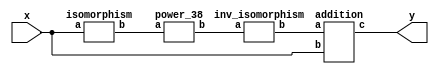
`timescale 1ns/100ps
module SMS23_2_38_np_4_1(x,y);
	 input [5:0] x;
	 output [5:0] y;
	 wire [5:0] z;
	 wire [5:0] w;
	 wire [5:0] p;
	 isomorphism C1 (x,z);
	 power_38 C2 (z,w);
	 inv_isomorphism C3 (w,p);
	 addition C4 (p,x,y);
endmodule

module square_base(a,b);
	 input [1:0] a;
	 output [1:0] b;
	 assign b[0]=a[0]^a[1];
	 assign b[1]=a[1];
endmodule

module add_base(a,b,c);
	 input [1:0] a;
	 input [1:0] b;
	 output [1:0] c;
	 assign c[0]=a[0]^b[0];
	 assign c[1]=a[1]^b[1];
endmodule

module constant_multiplication_base_0(a,b);
	 input [1:0] a;
	 output [1:0] b;
	 assign b[0]=0;
	 assign b[1]=0;
endmodule

module constant_multiplication_base_1(a,b);
	 input [1:0] a;
	 output [1:0] b;
	 assign b[0]=a[0];
	 assign b[1]=a[1];
endmodule

module constant_multiplication_base_2(a,b);
	 input [1:0] a;
	 output [1:0] b;
	 assign b[0]=a[1];
	 assign b[1]=a[0]^a[1];
endmodule

module constant_multiplication_base_3(a,b);
	 input [1:0] a;
	 output [1:0] b;
	 assign b[0]=a[0]^a[1];
	 assign b[1]=a[0];
endmodule

module multiplication_base(a,b,c);
	 input [1:0] a;
	 input [1:0] b;
	 output [1:0] c;
	 wire t;
	 assign t=(a[1]&b[1]);
	 assign c[0]=(a[0]&b[0])^t;
	 assign c[1]=(a[0]&b[1])^(a[1]&b[0])^t;
endmodule

module multi_qube_base(a,b,c);
	 input [1:0] a;
	 input [1:0] b;
	 output [1:0] c;
	 wire t;
	 assign t=a[0]^(~a[0]&a[1]);
	 assign c[0]=t&b[0];
	 assign c[1]=t&b[1];
endmodule

module power_38(a,b);
	 input [5:0] a;
	 output [5:0] b;
	 wire [1:0] x_0;
	 wire [1:0] x_1;
	 wire [1:0] x_2;
	 wire [1:0] x_3;
	 wire [1:0] x_4;
	 wire [1:0] x_5;
	 wire [1:0] x_6;
	 wire [1:0] x_7;
	 wire [1:0] x_8;
	 wire [1:0] x_9;
	 wire [1:0] x_10;
	 wire [1:0] x_11;
	 wire [1:0] x_12;
	 wire [1:0] x_13;
	 wire [1:0] x_14;
	 wire [1:0] y_0;
	 wire [1:0] y_1;
	 wire [1:0] y_2;
	 wire [1:0] y_3;
	 wire [1:0] y_4;
	 wire [1:0] y_5;
	 wire [1:0] w_0_0;
	 wire [1:0] w_0_1;
	 wire [1:0] w_0_2;
	 wire [1:0] w_0_3;
	 wire [1:0] w_0_4;
	 wire [1:0] w_0_5;
	 wire [1:0] w_0_6;
	 wire [1:0] w_0_7;
	 wire [1:0] w_0_8;
	 wire [1:0] w_0_9;
	 wire [1:0] w_0_10;
	 wire [1:0] w_0_11;
	 wire [1:0] w_0_12;
	 wire [1:0] w_0_13;
	 wire [1:0] w_0_14;
	 wire [1:0] w_1_0;
	 wire [1:0] w_1_1;
	 wire [1:0] w_1_2;
	 wire [1:0] w_1_3;
	 wire [1:0] w_1_4;
	 wire [1:0] w_1_5;
	 wire [1:0] w_1_6;
	 wire [1:0] w_1_7;
	 wire [1:0] w_1_8;
	 wire [1:0] w_1_9;
	 wire [1:0] w_1_10;
	 wire [1:0] w_1_11;
	 wire [1:0] w_1_12;
	 wire [1:0] w_1_13;
	 wire [1:0] w_1_14;
	 wire [1:0] w_2_0;
	 wire [1:0] w_2_1;
	 wire [1:0] w_2_2;
	 wire [1:0] w_2_3;
	 wire [1:0] w_2_4;
	 wire [1:0] w_2_5;
	 wire [1:0] w_2_6;
	 wire [1:0] w_2_7;
	 wire [1:0] w_2_8;
	 wire [1:0] w_2_9;
	 wire [1:0] w_2_10;
	 wire [1:0] w_2_11;
	 wire [1:0] w_2_12;
	 wire [1:0] w_2_13;
	 wire [1:0] w_2_14;
	 wire [1:0] z_0_0;
	 wire [1:0] z_0_1;
	 wire [1:0] z_0_2;
	 wire [1:0] z_0_3;
	 wire [1:0] z_0_4;
	 wire [1:0] z_0_5;
	 wire [1:0] z_0_6;
	 wire [1:0] z_0_7;
	 wire [1:0] z_0_8;
	 wire [1:0] z_0_9;
	 wire [1:0] z_0_10;
	 wire [1:0] z_0_11;
	 wire [1:0] z_0_12;
	 wire [1:0] z_0_13;
	 wire [1:0] z_1_0;
	 wire [1:0] z_1_1;
	 wire [1:0] z_1_2;
	 wire [1:0] z_1_3;
	 wire [1:0] z_1_4;
	 wire [1:0] z_1_5;
	 wire [1:0] z_1_6;
	 wire [1:0] z_1_7;
	 wire [1:0] z_1_8;
	 wire [1:0] z_1_9;
	 wire [1:0] z_1_10;
	 wire [1:0] z_1_11;
	 wire [1:0] z_1_12;
	 wire [1:0] z_1_13;
	 wire [1:0] z_2_0;
	 wire [1:0] z_2_1;
	 wire [1:0] z_2_2;
	 wire [1:0] z_2_3;
	 wire [1:0] z_2_4;
	 wire [1:0] z_2_5;
	 wire [1:0] z_2_6;
	 wire [1:0] z_2_7;
	 wire [1:0] z_2_8;
	 wire [1:0] z_2_9;
	 wire [1:0] z_2_10;
	 wire [1:0] z_2_11;
	 wire [1:0] z_2_12;
	 wire [1:0] z_2_13;
	 assign y_0[0]=a[0];
	 assign y_0[1]=a[1];
	 assign y_1[0]=a[2];
	 assign y_1[1]=a[3];
	 assign y_2[0]=a[4];
	 assign y_2[1]=a[5];
	 square_base  SB1 (y_0,x_0);
	 square_base SB2 (y_1,x_1);
	 square_base SB3 (y_2,x_2);
	 multi_qube_base MQB1 (y_1,x_0,x_3);
	 multi_qube_base MQB2 (y_2,x_0,x_4);
	 multi_qube_base MQB3 (y_0,x_1,x_5);
	 multi_qube_base MQB4 (y_2,x_1,x_6);
	 multi_qube_base MQB5 (y_0,x_2,x_7);
	 multi_qube_base MQB6 (y_1,x_2,x_8);
	 multiplication_base MB1 (y_0,y_1,x_9);
	 multiplication_base MB2 (y_0,y_2,x_10);
	 multiplication_base MB3 (y_1,y_2,x_11);
	 multiplication_base MB4 (x_1,x_2,y_3);
	 multiplication_base MB5 (y_0,y_3,x_12);
	 multiplication_base MB6 (x_0,x_2,y_4);
	 multiplication_base MB7 (y_1,y_4,x_13);
	 multiplication_base MB8 (x_0,x_1,y_5);
	 multiplication_base MB9 (y_2,y_5,x_14);
	 constant_multiplication_base_2 MC00 (x_0,w_0_0);
	 constant_multiplication_base_3 MC01 (x_1,w_0_1);
	 constant_multiplication_base_0 MC02 (x_2,w_0_2);
	 constant_multiplication_base_1 MC03 (x_3,w_0_3);
	 constant_multiplication_base_2 MC04 (x_4,w_0_4);
	 constant_multiplication_base_0 MC05 (x_5,w_0_5);
	 constant_multiplication_base_1 MC06 (x_6,w_0_6);
	 constant_multiplication_base_2 MC07 (x_7,w_0_7);
	 constant_multiplication_base_1 MC08 (x_8,w_0_8);
	 constant_multiplication_base_1 MC09 (x_9,w_0_9);
	 constant_multiplication_base_3 MC010 (x_10,w_0_10);
	 constant_multiplication_base_0 MC011 (x_11,w_0_11);
	 constant_multiplication_base_2 MC012 (x_12,w_0_12);
	 constant_multiplication_base_0 MC013 (x_13,w_0_13);
	 constant_multiplication_base_1 MC014 (x_14,w_0_14);
	 constant_multiplication_base_0 MC10 (x_0,w_1_0);
	 constant_multiplication_base_2 MC11 (x_1,w_1_1);
	 constant_multiplication_base_3 MC12 (x_2,w_1_2);
	 constant_multiplication_base_2 MC13 (x_3,w_1_3);
	 constant_multiplication_base_1 MC14 (x_4,w_1_4);
	 constant_multiplication_base_2 MC15 (x_5,w_1_5);
	 constant_multiplication_base_1 MC16 (x_6,w_1_6);
	 constant_multiplication_base_1 MC17 (x_7,w_1_7);
	 constant_multiplication_base_0 MC18 (x_8,w_1_8);
	 constant_multiplication_base_3 MC19 (x_9,w_1_9);
	 constant_multiplication_base_0 MC110 (x_10,w_1_10);
	 constant_multiplication_base_1 MC111 (x_11,w_1_11);
	 constant_multiplication_base_1 MC112 (x_12,w_1_12);
	 constant_multiplication_base_2 MC113 (x_13,w_1_13);
	 constant_multiplication_base_0 MC114 (x_14,w_1_14);
	 constant_multiplication_base_3 MC20 (x_0,w_2_0);
	 constant_multiplication_base_0 MC21 (x_1,w_2_1);
	 constant_multiplication_base_2 MC22 (x_2,w_2_2);
	 constant_multiplication_base_1 MC23 (x_3,w_2_3);
	 constant_multiplication_base_0 MC24 (x_4,w_2_4);
	 constant_multiplication_base_1 MC25 (x_5,w_2_5);
	 constant_multiplication_base_2 MC26 (x_6,w_2_6);
	 constant_multiplication_base_1 MC27 (x_7,w_2_7);
	 constant_multiplication_base_2 MC28 (x_8,w_2_8);
	 constant_multiplication_base_0 MC29 (x_9,w_2_9);
	 constant_multiplication_base_1 MC210 (x_10,w_2_10);
	 constant_multiplication_base_3 MC211 (x_11,w_2_11);
	 constant_multiplication_base_0 MC212 (x_12,w_2_12);
	 constant_multiplication_base_1 MC213 (x_13,w_2_13);
	 constant_multiplication_base_2 MC214 (x_14,w_2_14);
	 add_base AB00 (w_0_0,w_0_1,z_0_0);
	 add_base AB01 (w_0_2,z_0_0,z_0_1);
	 add_base AB02 (w_0_3,z_0_1,z_0_2);
	 add_base AB03 (w_0_4,z_0_2,z_0_3);
	 add_base AB04 (w_0_5,z_0_3,z_0_4);
	 add_base AB05 (w_0_6,z_0_4,z_0_5);
	 add_base AB06 (w_0_7,z_0_5,z_0_6);
	 add_base AB07 (w_0_8,z_0_6,z_0_7);
	 add_base AB08 (w_0_9,z_0_7,z_0_8);
	 add_base AB09 (w_0_10,z_0_8,z_0_9);
	 add_base AB010 (w_0_11,z_0_9,z_0_10);
	 add_base AB011 (w_0_12,z_0_10,z_0_11);
	 add_base AB012 (w_0_13,z_0_11,z_0_12);
	 add_base AB013 (w_0_14,z_0_12,z_0_13);
	 add_base AB10 (w_1_0,w_1_1,z_1_0);
	 add_base AB11 (w_1_2,z_1_0,z_1_1);
	 add_base AB12 (w_1_3,z_1_1,z_1_2);
	 add_base AB13 (w_1_4,z_1_2,z_1_3);
	 add_base AB14 (w_1_5,z_1_3,z_1_4);
	 add_base AB15 (w_1_6,z_1_4,z_1_5);
	 add_base AB16 (w_1_7,z_1_5,z_1_6);
	 add_base AB17 (w_1_8,z_1_6,z_1_7);
	 add_base AB18 (w_1_9,z_1_7,z_1_8);
	 add_base AB19 (w_1_10,z_1_8,z_1_9);
	 add_base AB110 (w_1_11,z_1_9,z_1_10);
	 add_base AB111 (w_1_12,z_1_10,z_1_11);
	 add_base AB112 (w_1_13,z_1_11,z_1_12);
	 add_base AB113 (w_1_14,z_1_12,z_1_13);
	 add_base AB20 (w_2_0,w_2_1,z_2_0);
	 add_base AB21 (w_2_2,z_2_0,z_2_1);
	 add_base AB22 (w_2_3,z_2_1,z_2_2);
	 add_base AB23 (w_2_4,z_2_2,z_2_3);
	 add_base AB24 (w_2_5,z_2_3,z_2_4);
	 add_base AB25 (w_2_6,z_2_4,z_2_5);
	 add_base AB26 (w_2_7,z_2_5,z_2_6);
	 add_base AB27 (w_2_8,z_2_6,z_2_7);
	 add_base AB28 (w_2_9,z_2_7,z_2_8);
	 add_base AB29 (w_2_10,z_2_8,z_2_9);
	 add_base AB210 (w_2_11,z_2_9,z_2_10);
	 add_base AB211 (w_2_12,z_2_10,z_2_11);
	 add_base AB212 (w_2_13,z_2_11,z_2_12);
	 add_base AB213 (w_2_14,z_2_12,z_2_13);
	 assign b[0]=z_0_13[0];
	 assign b[1]=z_0_13[1];
	 assign b[2]=z_1_13[0];
	 assign b[3]=z_1_13[1];
	 assign b[4]=z_2_13[0];
	 assign b[5]=z_2_13[1];
endmodule

module inv_isomorphism(a,b);
	 input [5:0] a;
	 output [5:0] b;
	 assign b[0]=a[0]^a[1]^a[3]^a[4]^a[5];
	 assign b[1]=a[0]^a[1]^a[2]^a[4]^a[5];
	 assign b[2]=a[1]^a[5];
	 assign b[3]=a[3]^a[4];
	 assign b[4]=a[0]^a[2];
	 assign b[5]=a[1]^a[2]^a[4]^a[5];
endmodule

module isomorphism(a,b);
	 input [5:0] a;
	 output [5:0] b;
	 assign b[0]=a[0]^a[1]^a[2]^a[3]^a[5];
	 assign b[1]=a[1]^a[3]^a[4]^a[5];
	 assign b[2]=a[0]^a[2]^a[3]^a[4]^a[5];
	 assign b[3]=a[4]^a[5];
	 assign b[4]=a[0]^a[3]^a[5];
	 assign b[5]=a[1];
endmodule

module addition(a,b,c);
	 input [5:0] a;
	 input [5:0] b;
	 wire t;
	 output [5:0] c;
	 assign t=b[2]^b[4];
	 assign c[0]=a[0]^t;
	 assign c[1]=a[1]^t;
	 assign c[2]=a[2]^t;
	 assign c[3]=a[3]^t;
	 assign c[4]=a[4]^t;
	 assign c[5]=a[5]^t;
endmodule